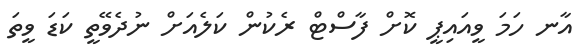
އާނ ހަމަ ވީއައިޕީ ކޮށް ފާސްްޓް ރެކުން ކަލެއަށް ނުދެވޭތީ ކަޑަ ވީތަ